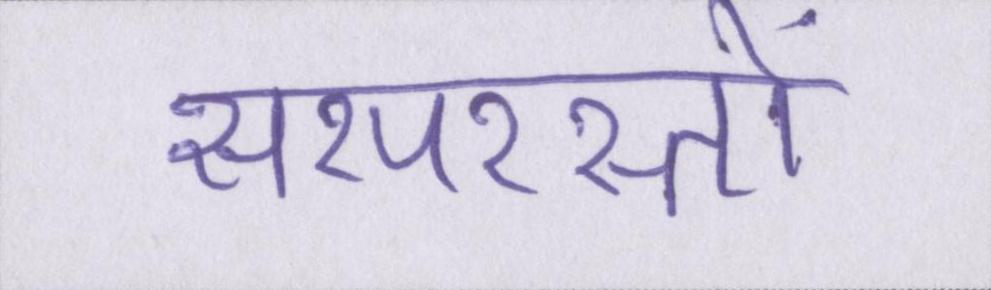
सरपरस्तों